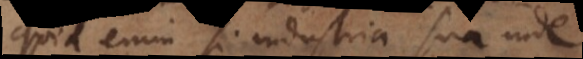
quid enim si industria sua inde